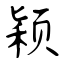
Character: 颖